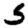
Digit: 5